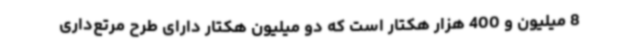
8 میلیون و 400 هزار هکتار است که دو میلیون هکتار دارای طرح مرتع‌داری